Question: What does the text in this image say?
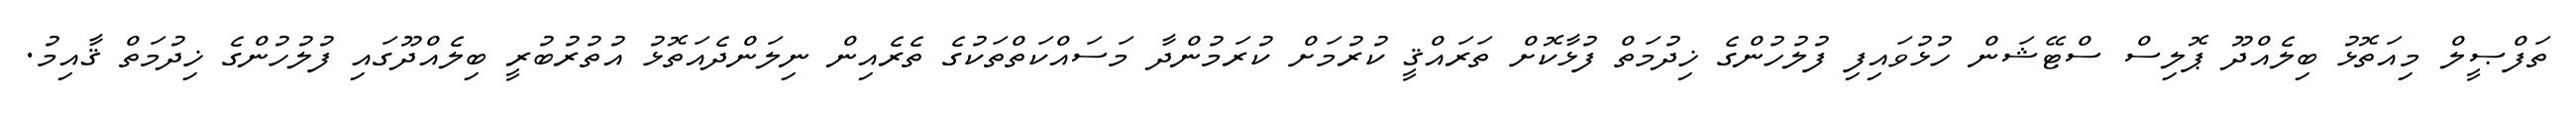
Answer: ތަފްޞީލް މިއަތޮޅު ބިލެއްދޫ ޕޮލިސް ސްޓޭޝަން ހުޅުވައިފި ފުލުހުންގެ ޚިދުމަތް ފުޅާކޮށް ތަރައްޤީ ކުރުމަށް ކުރަމުންދާ މަސައްކަތްތަކުގެ ތެރެއިން ނިލަންދެއަތޮޅު އުތުރުބުރީ ބިލެއްދޫގައި ފުލުހުންގެ ޚިދުމަތް ޤާއިމު.